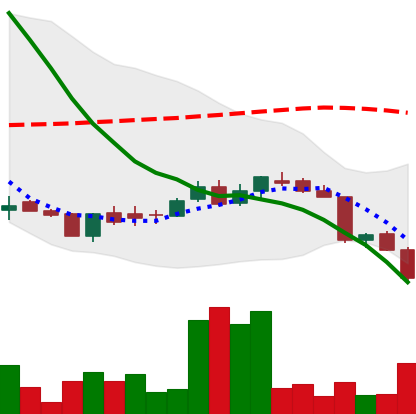
Ticker: DOGE-USD
Chart end date: 2018-06-13
Forward return: 7.455%
Label: up_7plus